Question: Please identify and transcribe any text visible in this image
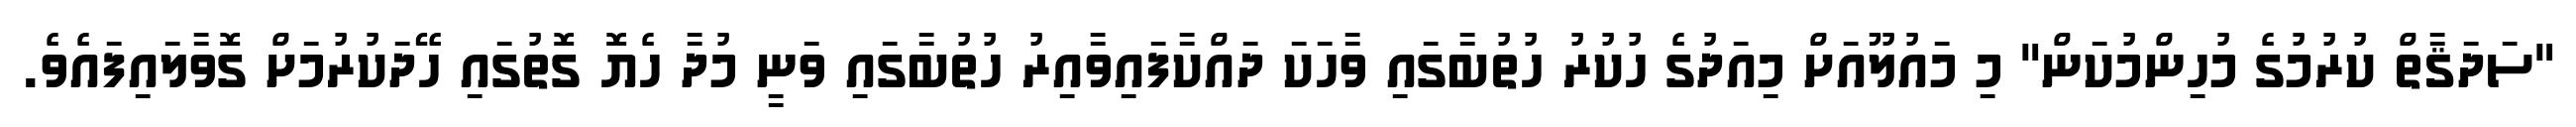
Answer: "ސަދަޤާތް ކުރުމުގެ މުހިންމުކަން" މި މައުލޫއަށް މިއަދުގެ ހުކުރު ހުތުބާގައި ވާހަކަ ދައްކާފައިވާއިރު ހުތުބާގައި ވަނީ މުދާ ހެޔޮ ގޮތުގައި ހޭދަކުރުމަށް ގޮވާލައިފައެވެ.